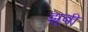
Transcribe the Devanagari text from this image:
झूबी